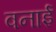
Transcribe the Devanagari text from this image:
वनाई